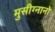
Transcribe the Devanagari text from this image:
मुसीग्नानो